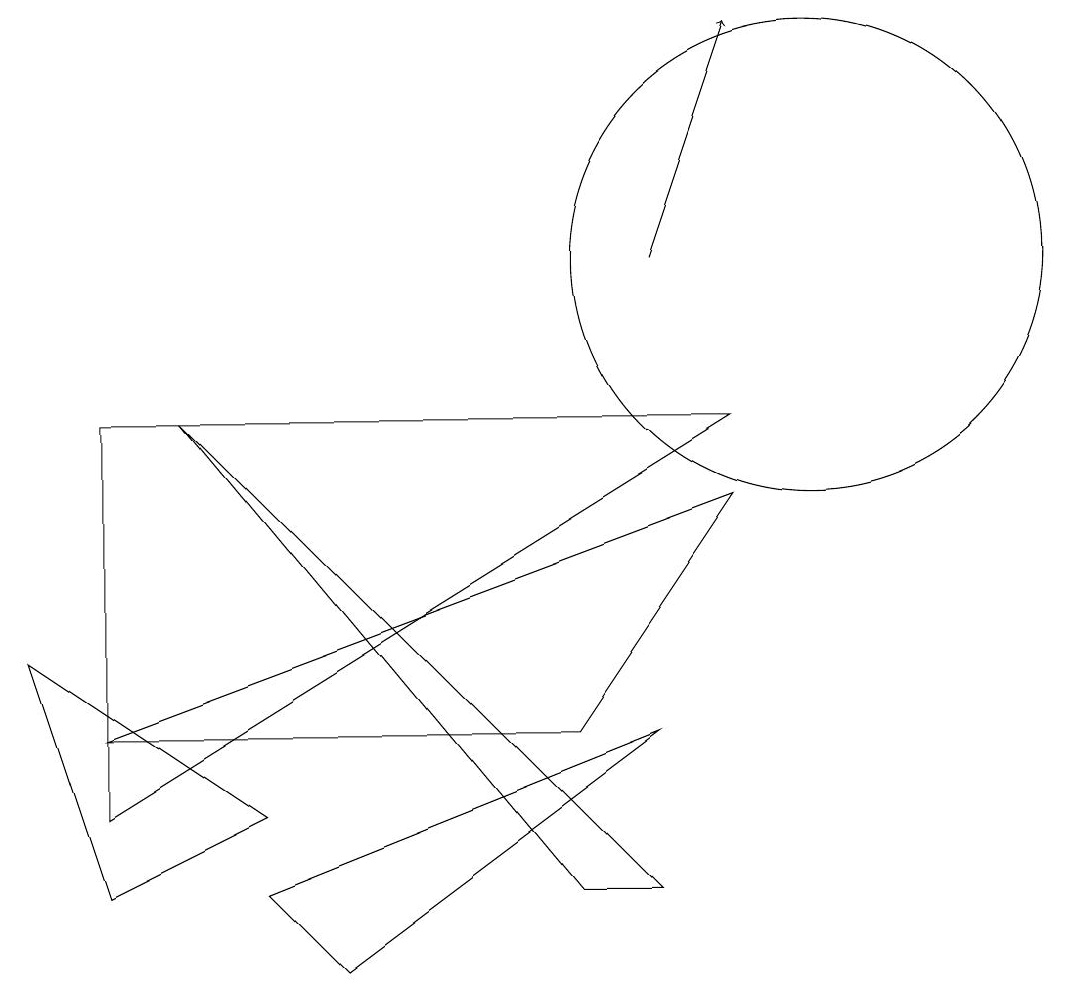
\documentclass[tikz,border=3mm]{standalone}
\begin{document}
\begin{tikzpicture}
\draw[->] (8,10) -- (9,13);
\draw (10,10) circle (3);
\draw (2,8) -- (7,2) -- (8,2) -- cycle;
\draw (4,1) -- (3,2) -- (8,4) -- cycle;
\draw (7,4) -- (9,7) -- (1,4) -- cycle;
\draw (9,8) -- (1,3) -- (1,8) -- cycle;
\draw (0,5) -- (3,3) -- (1,2) -- cycle;
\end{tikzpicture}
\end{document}